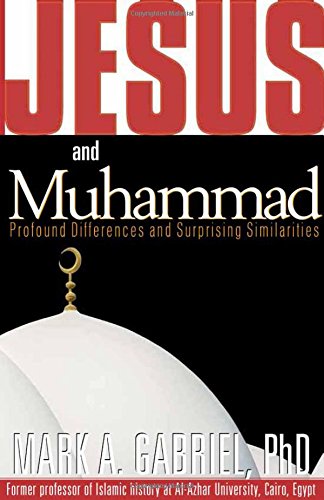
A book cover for Jesus and Muhammad: Profound Differences and Surprising Similarities; Mark A. Gabriel; Religion & Spirituality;